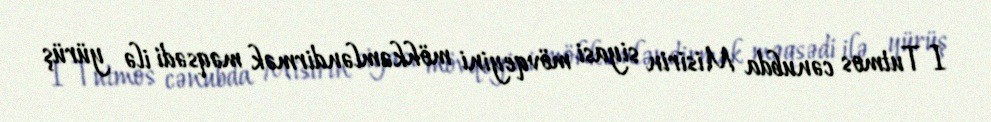
I Tutmos cənubda Misirin siyasi mövqeyini möhkəmləndirmək məqsədi ilə yürüş